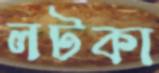
লটকা